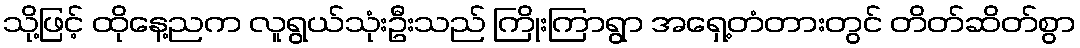
သို့ဖြင့် ထိုနေ့ညက လူရွယ်သုံးဦးသည် ကြိုးကြာရွာ အရှေ့တံတားတွင် တိတ်ဆိတ်စွာ